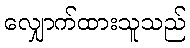
လျှောက်ထားသူသည်